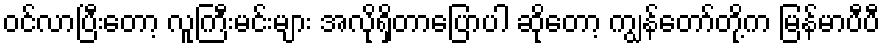
ဝင်လာပြီးတော့ လူကြီးမင်းများ အလိုရှိတာပြောပါ ဆိုတော့ ကျွန်တော်တို့က မြန်မာပီပီ